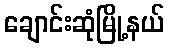
ချောင်းဆုံမြို့နယ်